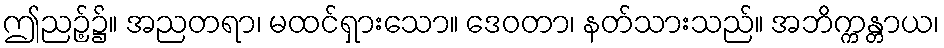
ဤညဉ့်၌။ အညတရာ၊ မထင်ရှားသော။ ဒေဝတာ၊ နတ်သားသည်။ အဘိက္ကန္တာယ၊